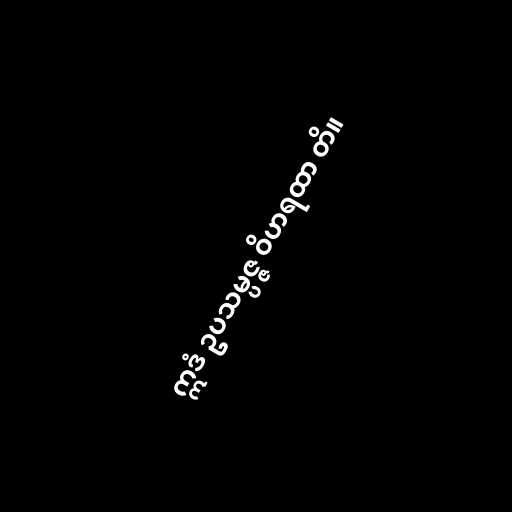
ဣဒံ ဥပသမ္ပဇ္ဇ ဝိဟရထာ တိ။